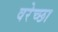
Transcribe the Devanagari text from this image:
वरेच्छा